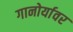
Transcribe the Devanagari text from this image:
गानोर्यावर